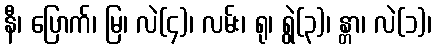
နီ၊ ပြောက်၊ မြ၊ လဲ(၄)၊ လမ်း၊ ရု၊ ရွဲ(၃)၊ န္တာ၊ လဲ(၁)၊